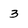
Character: 3